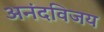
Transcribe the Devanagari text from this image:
अनंदविजय